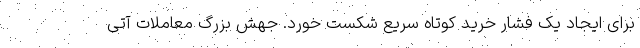
برای ایجاد یک فشار خرید کوتاه سریع شکست خورد. جهش بزرگ معاملات آتی